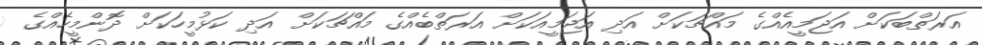
އަރަތްބަކަށް އަޖަމީއެއްގެ މައްޗަކަށް އަދި އަޖަމީއަކަށް އަރަތްބެއްގެ މައްޗަކަށް އަދި ކަޅުމީހަކަށް ދޮންމީހެއްގެ